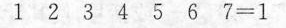
1 2 3 4 5 6 7=1